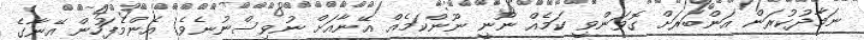
ނަމާދުކުރަން އަންބަރަށް ގޮވަންވީ ކަމެއް ނޫނީ ނޫންކަމެއް އޭނާއަށް ނުވިސްނުނެވެ. އެންމެފަހުން އޭނާގެ